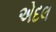
એદલ